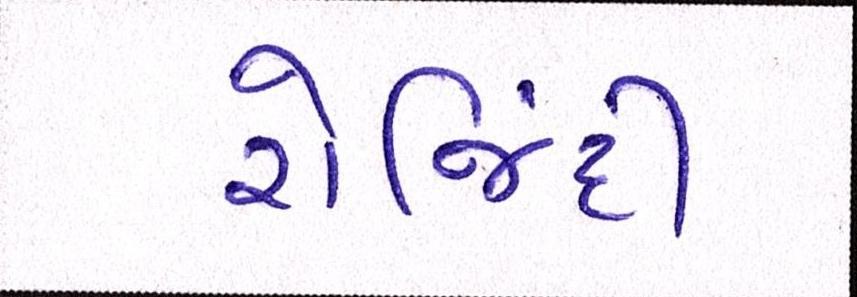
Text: રોજિંદી